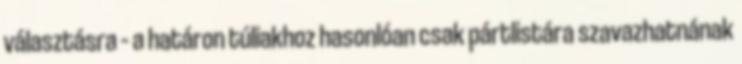
választásra – a határon túliakhoz hasonlóan csak pártlistára szavazhatnának